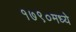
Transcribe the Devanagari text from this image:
१७९०मध्ये